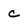
Character: c